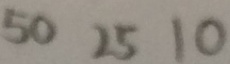
5 0 2 5 1 0